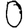
Digit: 0